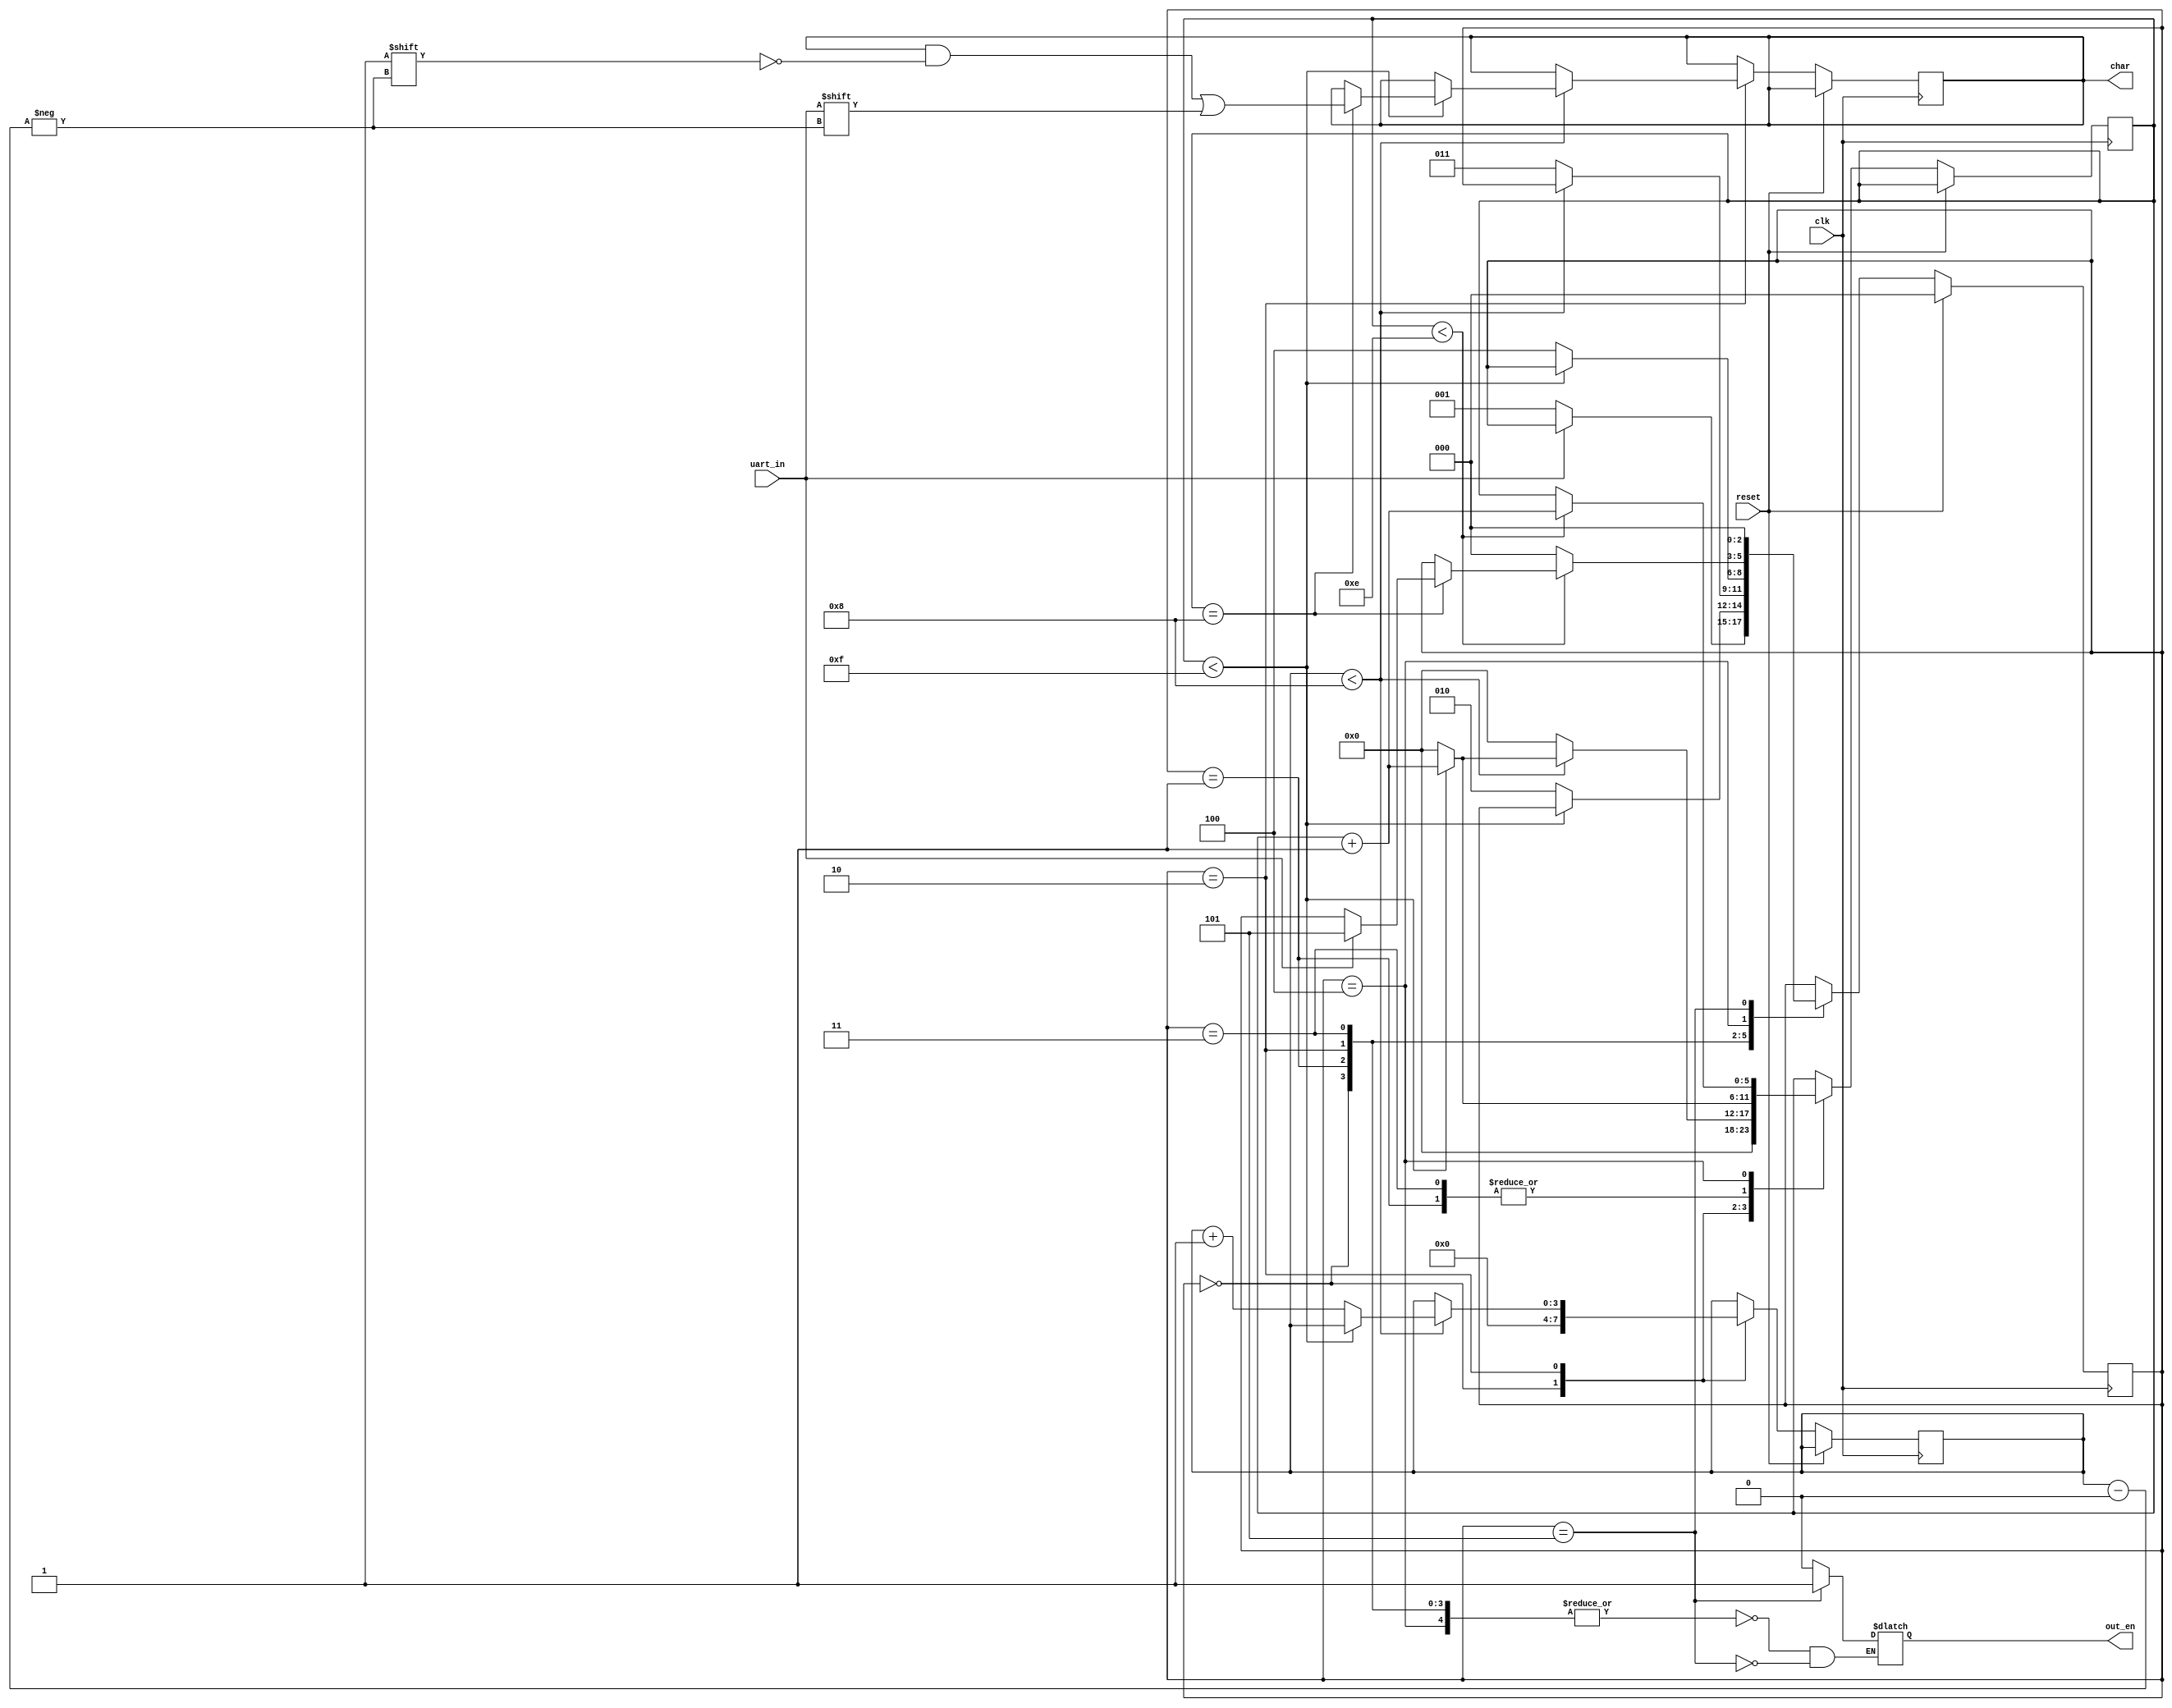
/*
Author: Spence Johnston
Module: uart reciever
Purpose: Receives data from GPIO using the UART protocol.

Notes:
	receives input from TX. LEN = size of data
	even parity
	1 stop bit
	
	runs at 16x the baud rate. Because of this, samples on 8th clock pulse for data (the middle).
*/

module receiver_fsm
# (
	parameter LEN=8,
	parameter BAUD_MULT=16
) (
	input clk, reset, uart_in,
	output reg [LEN-1:0] char,
	output reg out_en
);

//states
localparam 
	IDLE = 0,
	START = 1,
	DATA = 2,
	PARITY = 3,
	END = 4,
	SEND = 5;

reg [2:0] state;

reg[3:0] data_count;
reg[5:0] cycle_count;

reg parity;

always @ ( posedge clk )
begin
	if (reset)
		state = IDLE;
	else
		case (state)
			IDLE:
			begin
				data_count = 0;
				cycle_count = 0;
				
				if(~uart_in)
					state = START;
				else
					state = state;
			end
			START://loop through start signal 
			begin
				if (cycle_count < 15) //because of 16x speed
				begin
					cycle_count = cycle_count + 1;
					state = state;
				end
				else
				begin
					cycle_count = 0;
					state = DATA;
				end
			end
			DATA://manage data. pole at 8th cycle, grab 8 bits
			begin
				if(data_count < 8)
				begin
					if( cycle_count < 15 )
					begin
						if( cycle_count == 8)
							char[data_count] = uart_in;					
						cycle_count = cycle_count + 1;
						state = state;
					end
					else
					begin
						data_count = data_count + 1;
						cycle_count = 0;
						state = state;
					end
				end
				else
				begin
					cycle_count = 0;
					state = PARITY;
				end
			end
			PARITY:
			begin
				if (cycle_count < 15) //because of 16x speed
				begin
					if (cycle_count == 8)
						parity = uart_in;
					cycle_count = cycle_count + 1;
					state = state;
				end
				else
				begin
					cycle_count = 0;
					state = END;
				end			
			end
			END:
			begin
				if (cycle_count < 14)//because of 16x speed. was 15, but took off 1 cycle for enable state.
				begin
					if (cycle_count == 8)
						if(uart_in)//& (parity == (char[0] ^ char[1] ^ ...)))
							state = SEND;
					cycle_count = cycle_count + 1;
					state = state;
				end
				else
				begin
					state = IDLE; //error if this is hit. Can add error handling later.
				end
			end
			SEND:
				state = IDLE;
		endcase
end

always @ (state)
begin
	case (state)
		IDLE,
		START,
		DATA,
		PARITY,
		END:
		begin
			out_en = 0;
		end
		SEND:
		begin
			out_en = 1;	
		end
	endcase
end
endmodule 

//TESTBENCH
module receiver_fsm_bench;

reg clk, reset, uart_in;
wire [7:0] char;
wire out_en;

receiver_fsm t0 (clk, reset, uart_in, char, out_en);

initial
begin
	clk = 1;
	reset = 1;
	uart_in = 1;
	
	#2 reset = 0;
	#2 uart_in = 0;
	#16 uart_in = 1;
	#16 uart_in = 0;
	#16 uart_in = 1;
end

always
begin
	#1 clk = ~clk;
end
endmodule